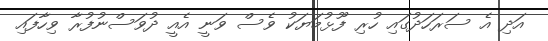
އަދި އެ ސަރަހަދުގައި ހުރި ފޫޅުމަޔަކު ވެސް ވަނީ އެއީ ދުވަސްނުފުރާ ވިހާފައި